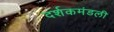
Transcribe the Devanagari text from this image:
दर्शकमंडली